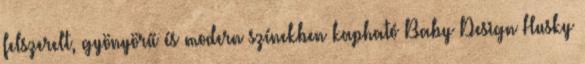
felszerelt, gyönyörű és modern színekben kapható Baby Design Husky